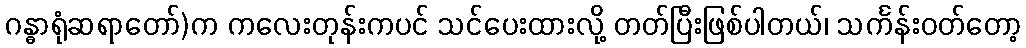
ဂန္ဓာရုံဆရာတော်)က ကလေးတုန်းကပင် သင်ပေးထားလို့ တတ်ပြီးဖြစ်ပါတယ်၊ သင်္ကန်းဝတ်တော့